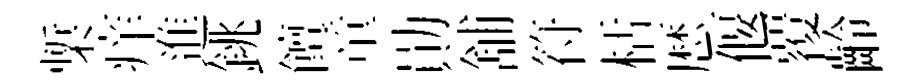
槧痒進銚饘童勛舖符栝厯偃覆齡